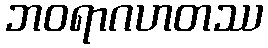
ဘဝရာဂဟတဿ